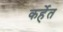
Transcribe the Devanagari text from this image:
कर्हेत